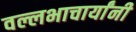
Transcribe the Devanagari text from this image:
वल्लभाचार्यांनी